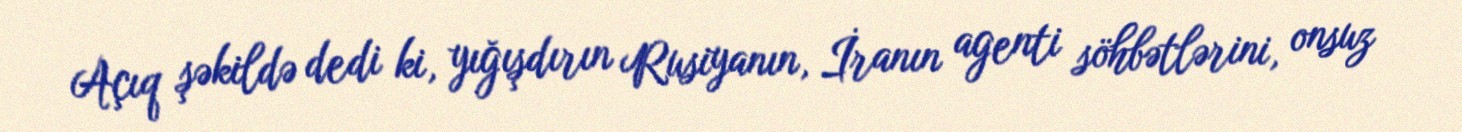
Açıq şəkildə dedi ki, yığışdırın Rusiyanın, İranın agenti söhbətlərini, onsuz